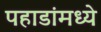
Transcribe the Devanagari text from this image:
पहाडांमध्ये